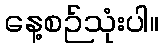
နေ့စဉ်သုံးပါ။